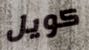
كويل